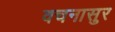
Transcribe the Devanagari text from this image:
वचनासुर